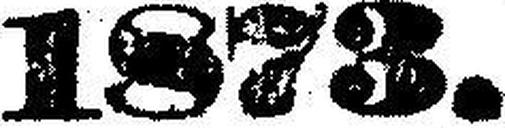
1873.